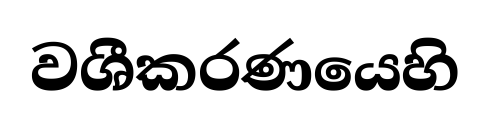
වශීකරණයෙහි